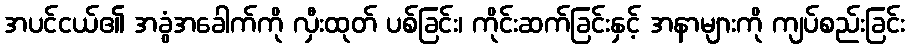
အပင်ငယ်၏ အခွံအခေါက်ကို လှီးထုတ် ပစ်ခြင်း၊ ကိုင်းဆက်ခြင်းနှင့် အနာများကို ကျပ်စည်းခြင်း